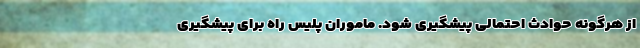
از هرگونه حوادث احتمالی پیشگیری شود. ماموران پلیس راه برای پیشگیری